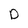
Character: D